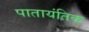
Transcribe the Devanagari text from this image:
पातायंतिक